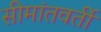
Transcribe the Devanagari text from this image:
सीमांतवर्ती